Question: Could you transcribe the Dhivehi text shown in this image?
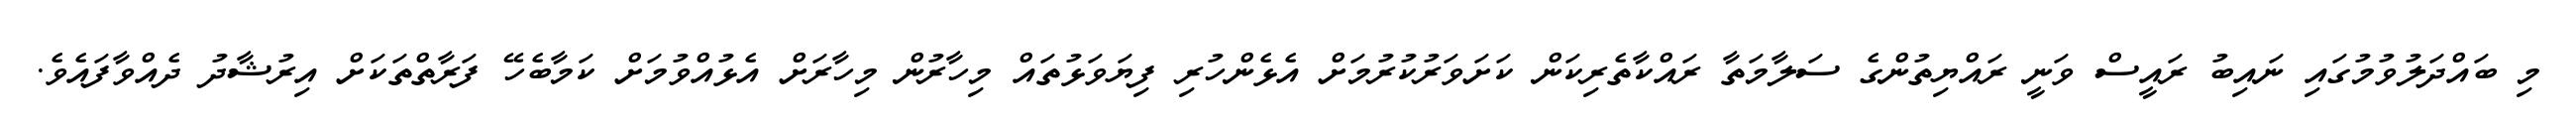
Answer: މި ބައްދަލުވުމުގައި ނައިބު ރައީސް ވަނީ ރައްޔިތުންގެ ސަލާމަތާ ރައްކާތެރިކަން ކަށަވަރުކުރުމަށް އެޅެންހުރި ފިޔަވަޅުތައް މިހާރުން މިހާރަށް އެޅުއްވުމަށް ކަމާބެހޭ ފަރާތްތަކަށް އިރުޝާދު ދެއްވާފައެވެ.